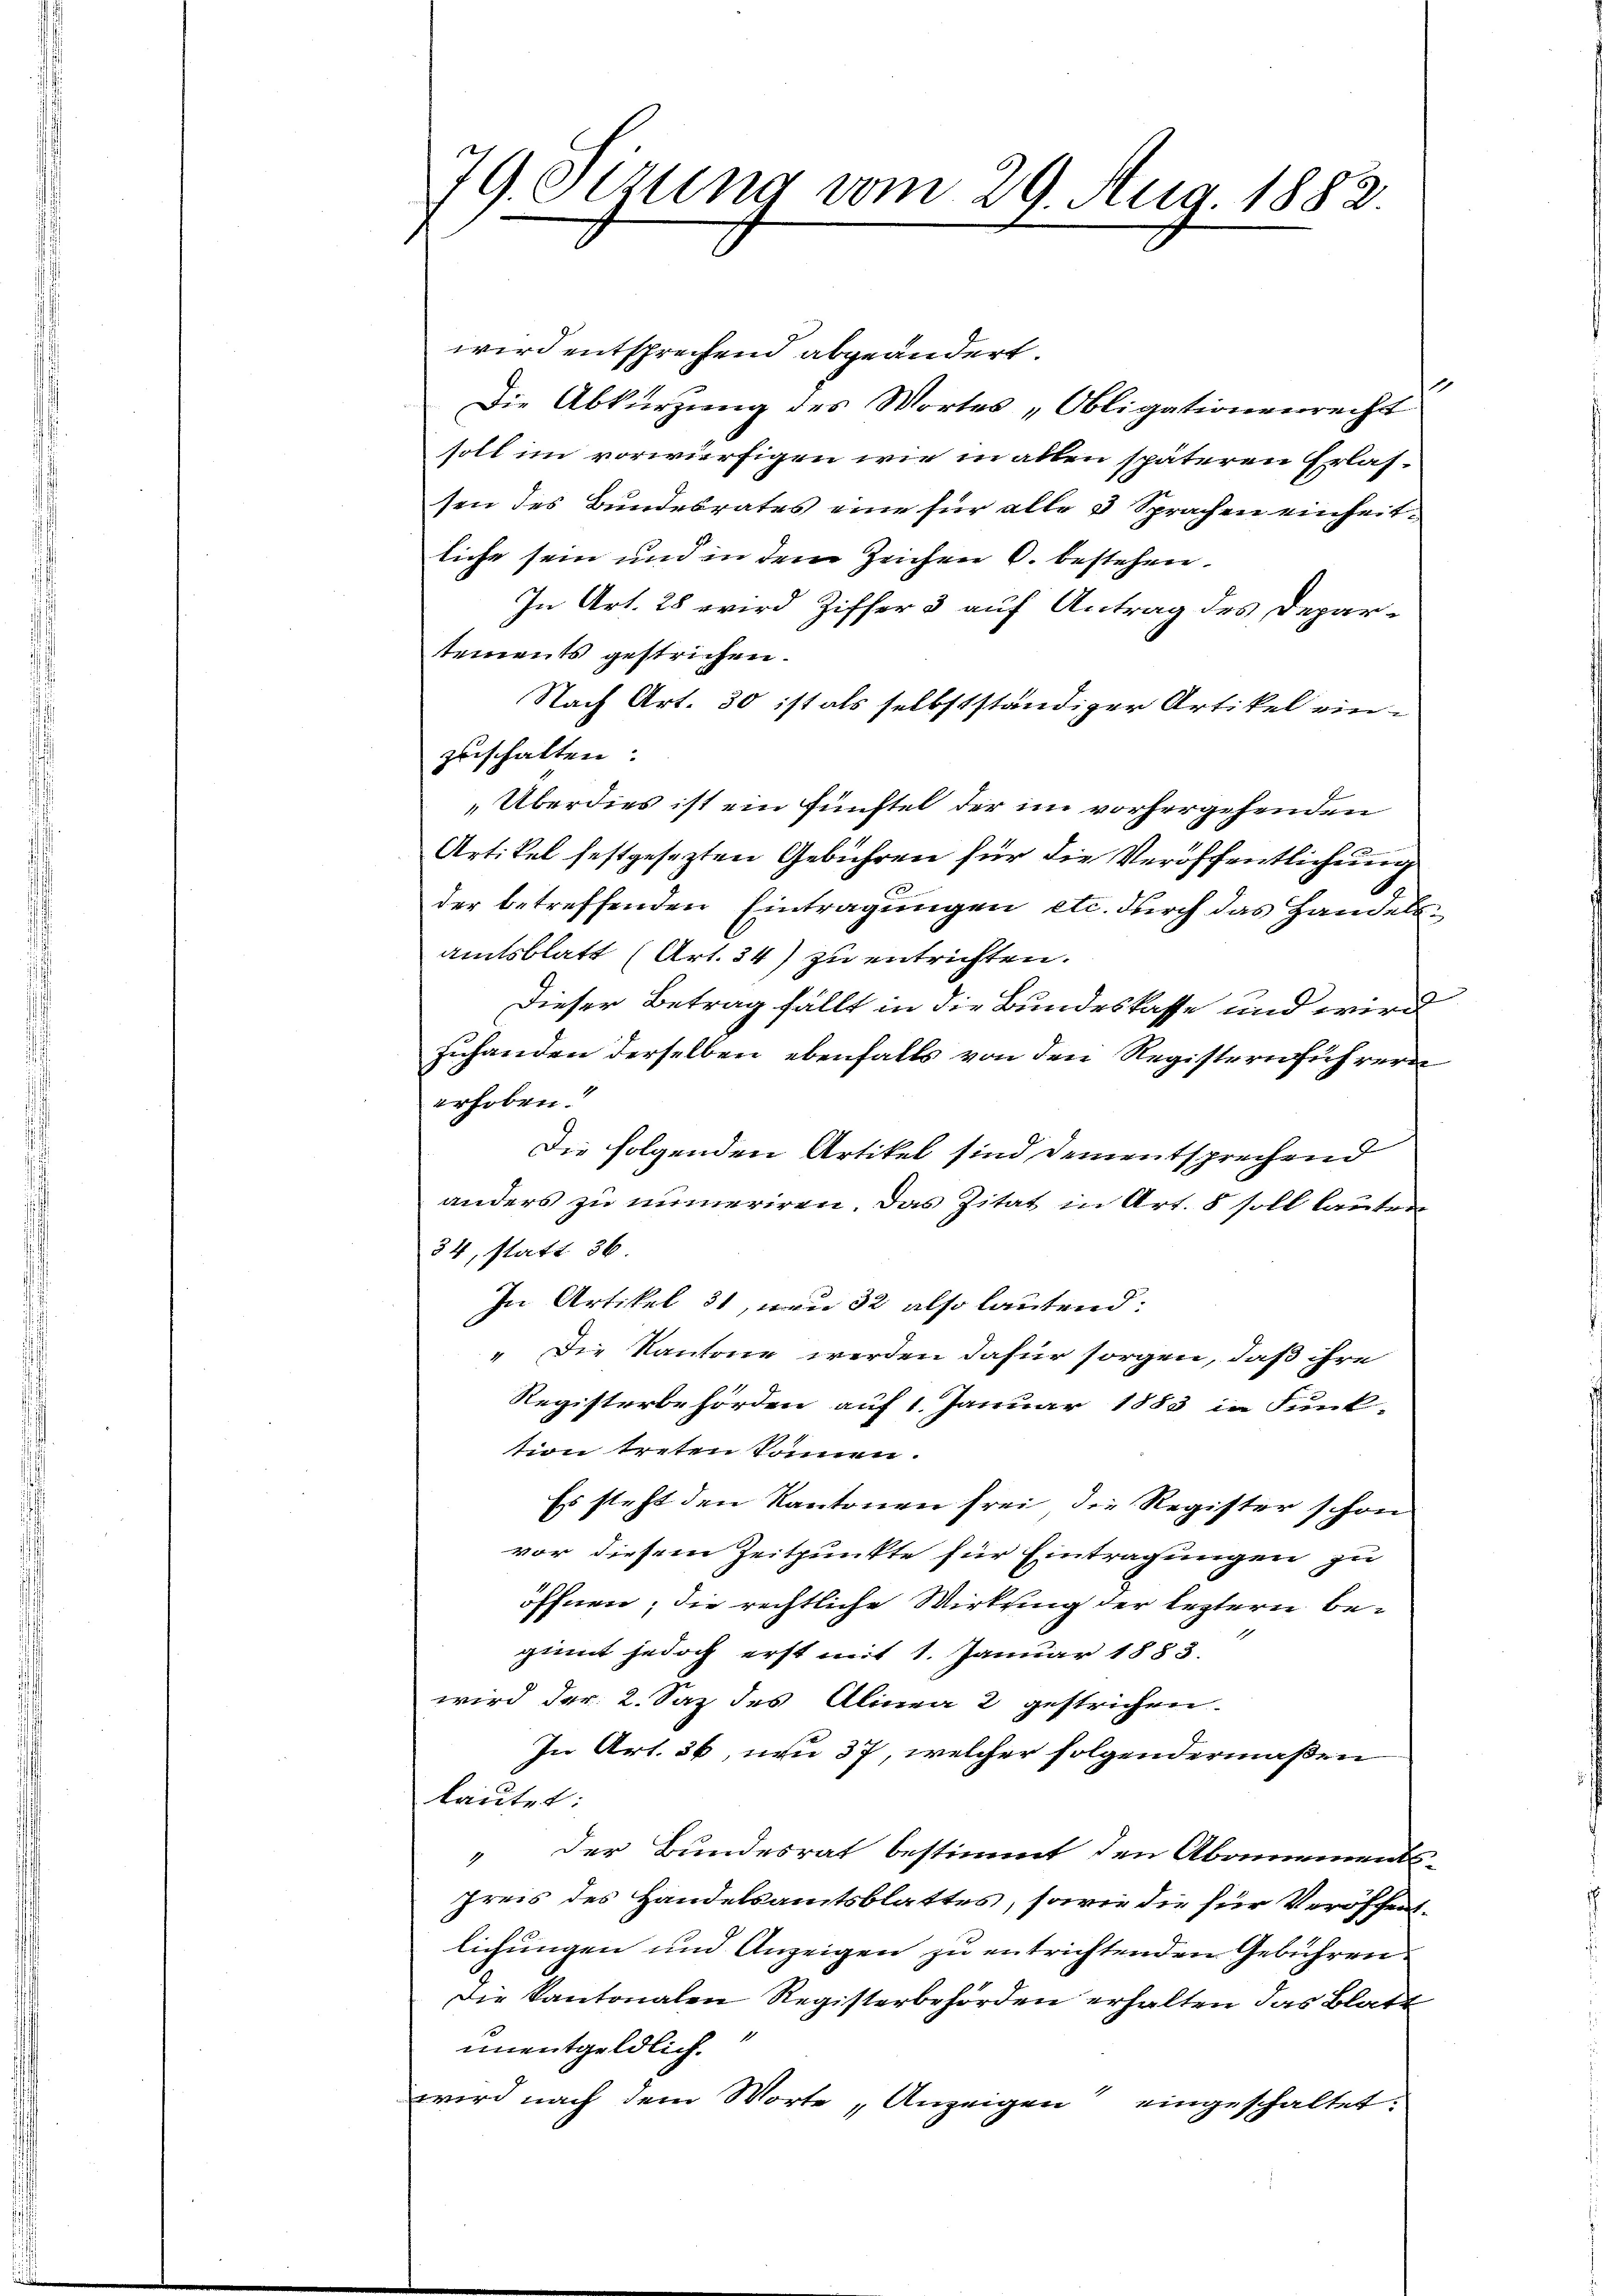
79 Otzung vom 29. Aug. 1882.

wird entsprechend abgeändert.
Die Abkürzung des Wortes „Obligation verrecht
soll im vorwürfigen wie in allen späteren Erlassen des Bundesrates eine für alle 5 Sprachen einheitliche sein und in dem Zeichen O. bestehen.
In Art. 28 wird Ziffer 3 auf Antrag des Departements gestrichen.
Nach Art. 30 ist als selbstständiger Artikel ein-
zuschalten.
„Überdies ist ein fünftel der im vorhergehenden
Artikel festgesezten Gebühren für die Veröffentlichung
der betreffenden Eintragungen etc. durch das Handels¬
Amtsblatt (Art. 34) zu entrichten.
Dieser Betrag fällt in die Bundeskasse und wird
zuhanden derselben ebenfalls von den Registern führern
erhoben.
Die folgenden Artikel sind dem entsprechend
anders zu numeriren. Das Zitat in Art. 8 soll lauten
34, statt 36
In Artikel 31, von 32 also lautend:
" Die Kantone werden dafür sorgen, daß ihre
Registerbehörden auf 1. Januar 1883 in Funk-
tion treten können.
Es steht den Kantonen frei die Register schon
vor diesem Zeitpunkte für Eintragungen zu
öffnen; die rechtliche Wirkung der leztern beginnt jedoch erst mit 1. Januar 1883.
wird der 2. Saz des Alinea 2 gestrichen.
In Art. 36, non 37, welcher folgendermaßen
lautet:
" der Bundesrat bestimmt den Abonnements-
preis des Handelsamtsblattes, sowie die für Veröffentlichungen und Anzeigen zu entrichtenden Gebühren.
Die Kantonalen Registerbehörden erhalten das Blatt
unentgeldlich.
wird nach dem Worte Anzeigen eingeschaltet.